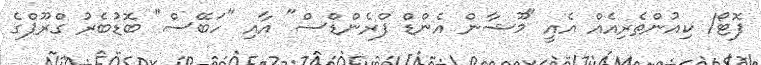
ފޮޓޯ/ ކިއުންތެރިއެއް އެއީ "މޫޝާން އެންޑް ފްރެންޑްސް" އާއި "ހަބޭސް" ބޮޑުބެރު ގްރޫޕްގެ